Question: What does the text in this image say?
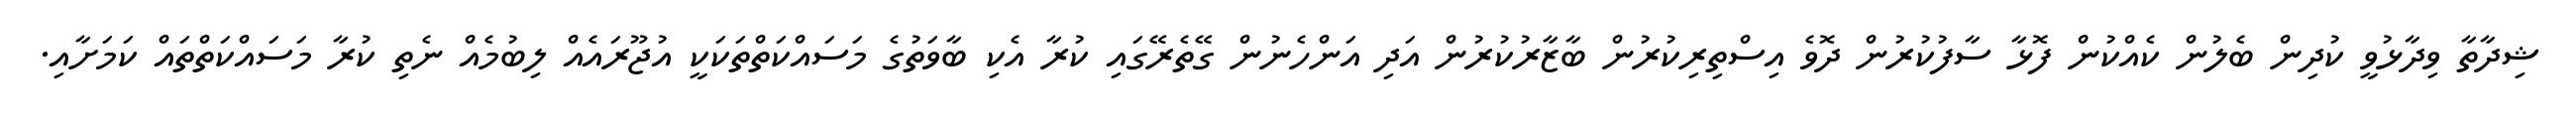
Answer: ޝިދާތާ ވިދާޅުވީ ކުދިން ބެލުން ކެއްކުން ފޮޅާ ސާފުކުރުން ދޮވެ އިސްތިރިކުރުން ބާޒާރުކުރުން އަދި އަންހެނުން ގޭތެރޭގައި ކުރާ އެކި ބާވަތުގެ މަސައްކަތްތަކަކީ އުޖޫރައެއް ލިބުމެއް ނެތި ކުރާ މަސައްކަތްތައް ކަމަށާއި.